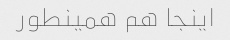
اینجا هم همینطور